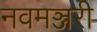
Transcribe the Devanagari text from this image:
नवमञ्जरी